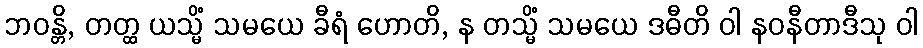
ဘဝန္တိ, တတ္ထ ယသ္မိံ သမယေ ခီရံ ဟောတိ, န တသ္မိံ သမယေ ဒဓီတိ ဝါ နဝနီတာဒီသု ဝါ